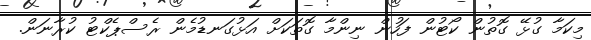
މިކަމާ ގުޅޭ ގޮތުން ކޯޓުން ފަހުން ނިންމާ ގޮތަކަށް އަޅުގަނޑުމެން ރެސްޕެކްޓު ކުރާނަން.